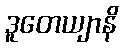
ဒူတေယျာနိ